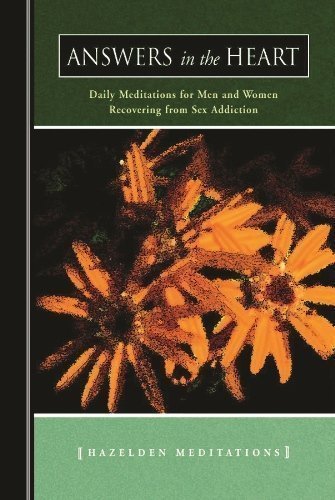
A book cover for Answers in the Heart: Daily Meditations For Men And Women Recovering From Sex Addiction (Hazelden Meditation Series) by Anonymous (10/1/1989); Health, Fitness & Dieting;